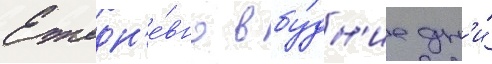
Ежедн'е́вно в бу́дн'ие дн'и́